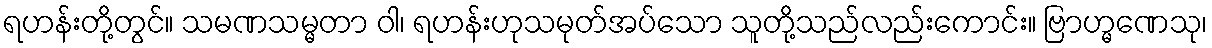
ရဟန်းတို့တွင်။ သမဏသမ္မတာ ဝါ၊ ရဟန်းဟုသမုတ်အပ်သော သူတို့သည်လည်းကောင်း။ ဗြာဟ္မဏေသု၊